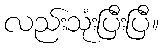
လည်းသုံးပြီးပြီ။